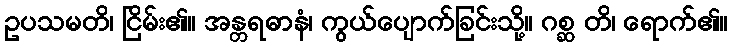
ဥပသမတိ၊ ငြိမ်း၏။ အန္တရဓာနံ၊ ကွယ်ပျောက်ခြင်းသို့။ ဂစ္ဆ တိ၊ ရောက်၏။